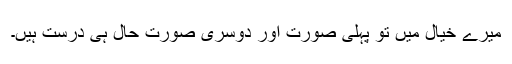
میرے خیال میں تو پہلی صورت اور دوسری صورت حال ہی درست ہیں۔